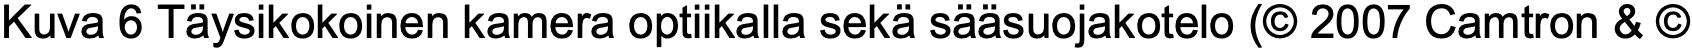
Kuva 6 Täysikokoinen kamera optiikalla sekä sääsuojakotelo (© 2007 Camtron & ©